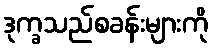
ဒုက္ခသည်စခန်းများကို